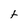
Character: t